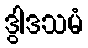
ဒွါဒသမံ